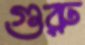
গুরু